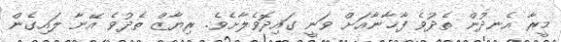
މީރާ އެނދުން ތެދުވެ ފާޚާނާއަށް ވަނީ ގައިދޮވެލާށެވެ. ރިޔާޒް ތެދުވެ އޭނާ ލައިގެން